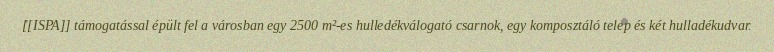
[[ISPA]] támogatással épült fel a városban egy 2500 m²-es hulledékválogató csarnok, egy komposztáló telep és két hulladékudvar.